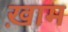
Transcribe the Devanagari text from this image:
ख़ाम